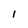
Character: I